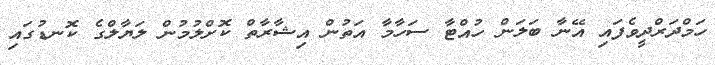
ހަމްދަރްދީވެފައި އޭނާ ބަލަން ހުއްޓާ ސަހާމާ އަތުން އިޝާރާތް ކޮށްލުމުން ލަޔާލްގެ ކޮނޑުގައި